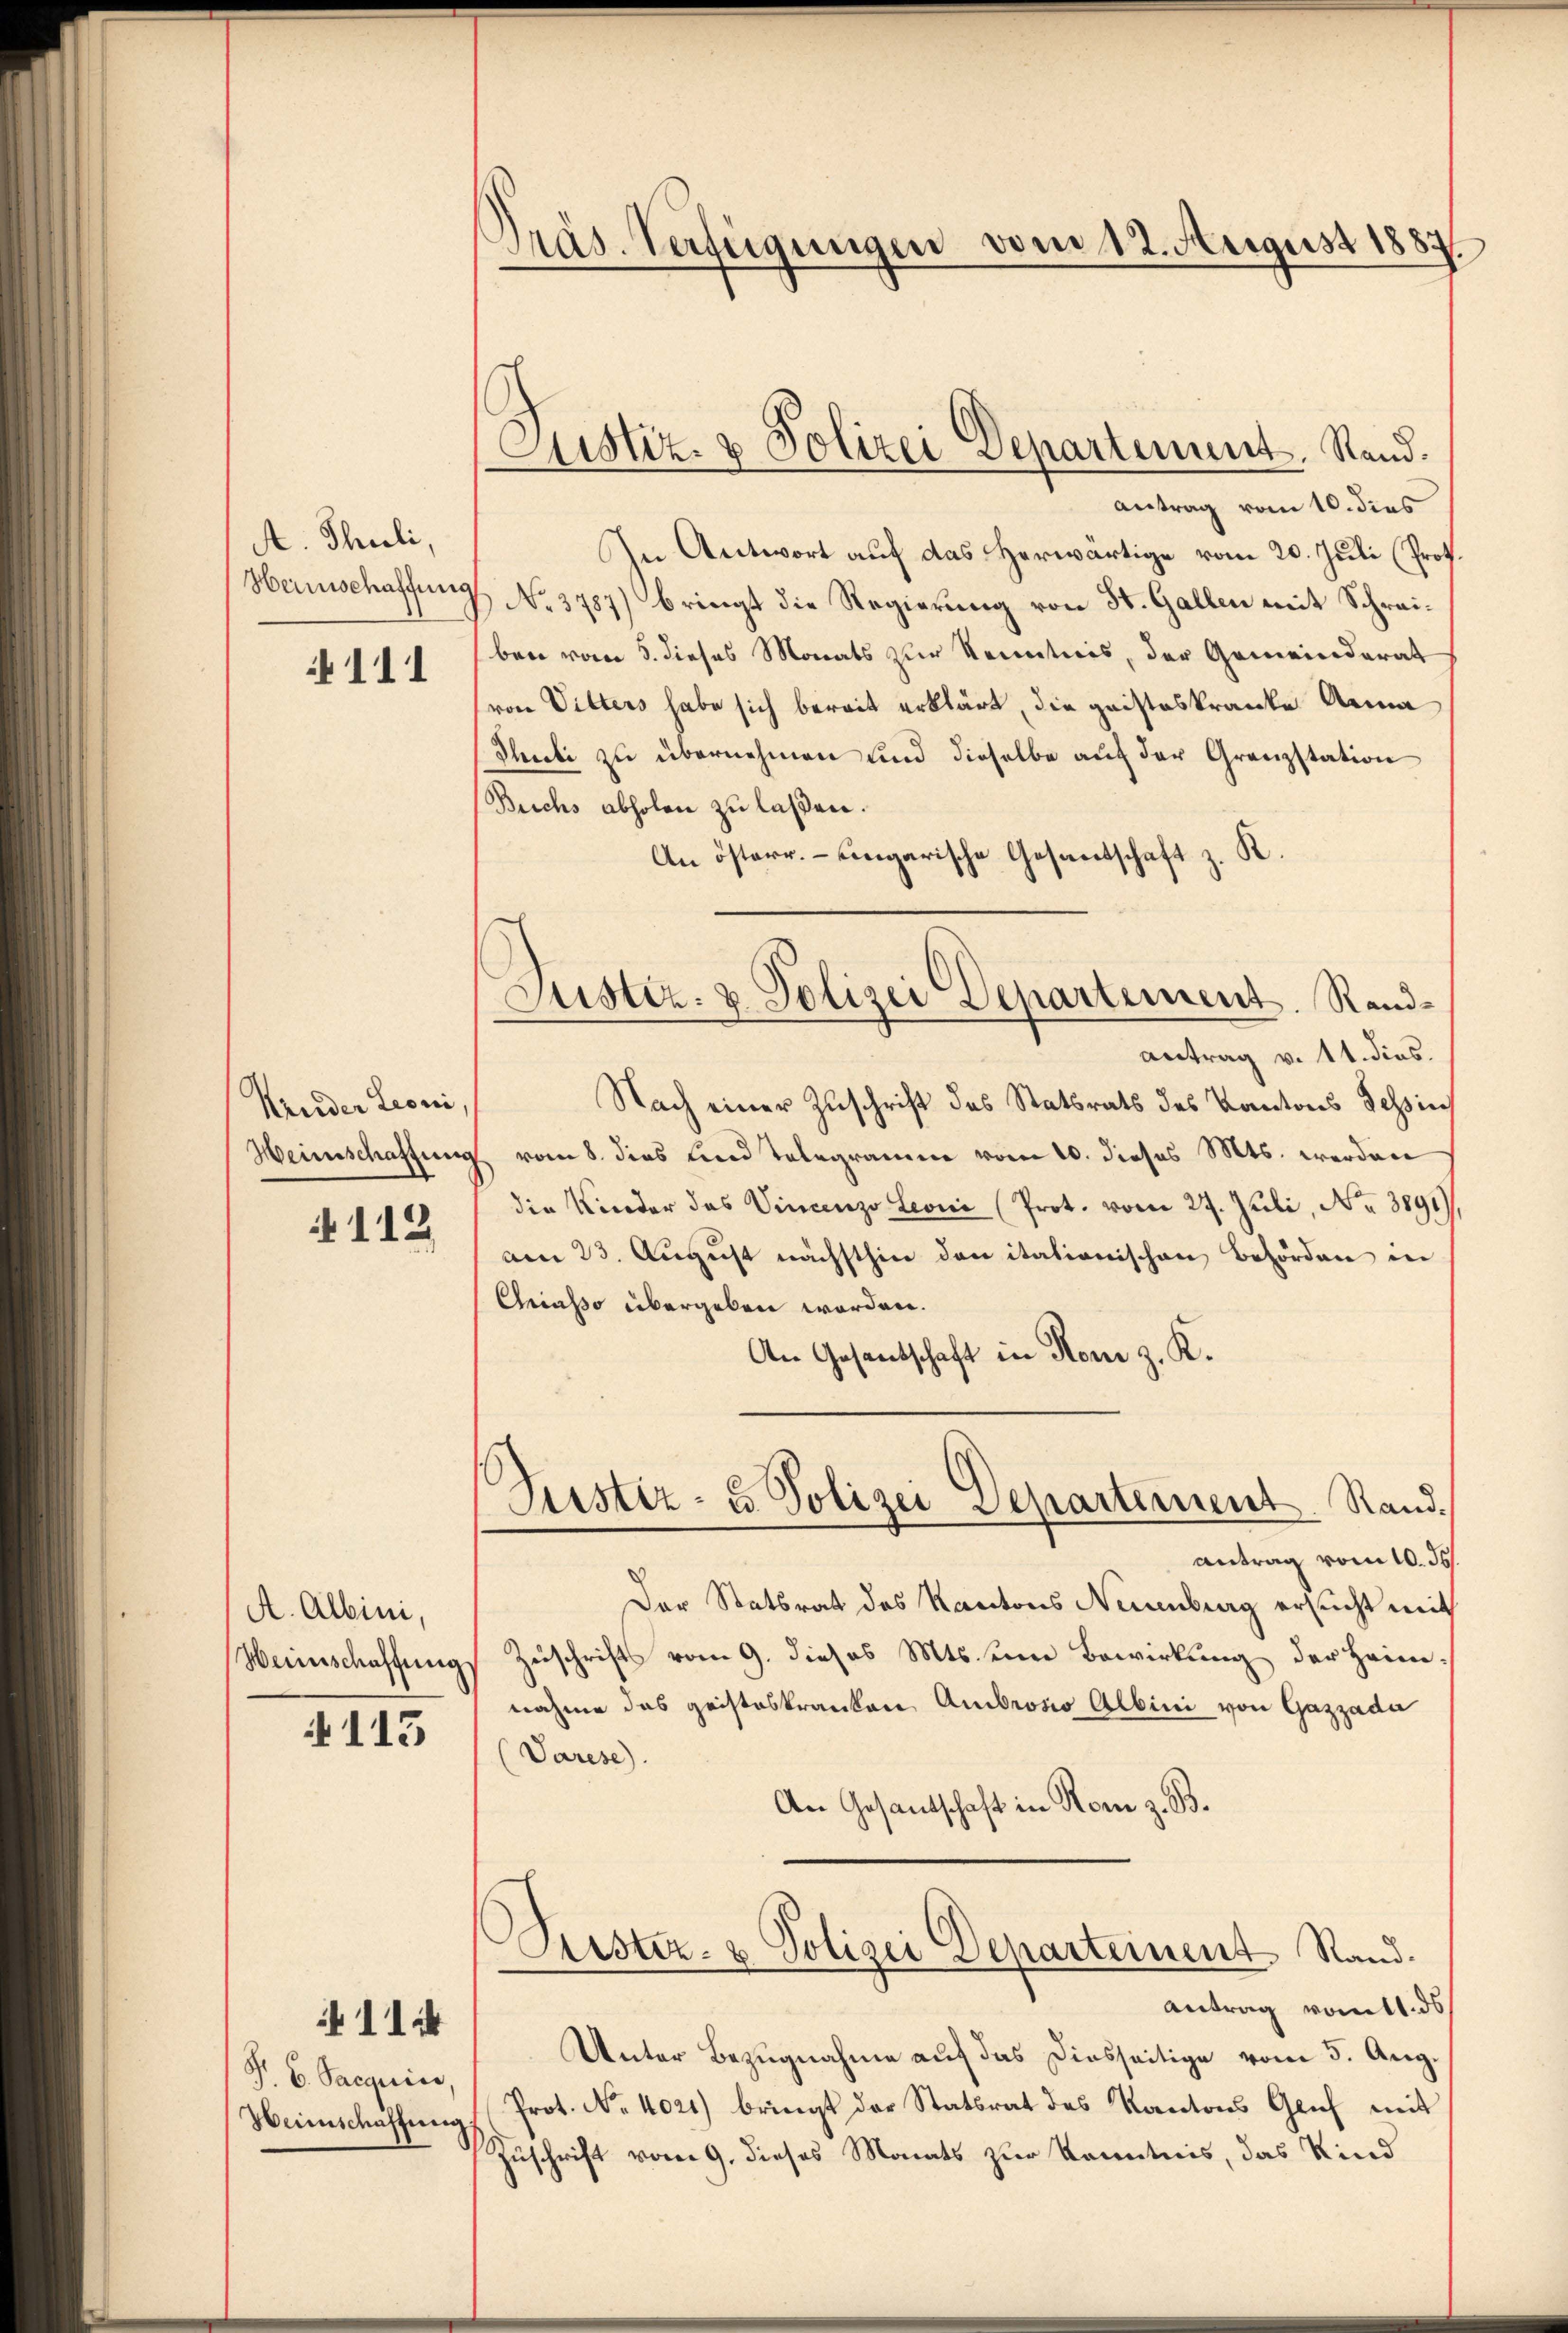
A. Thuli,
Heinschaffung

111

Kruder Leoni,

112

A. Albini,
Weinschaffung

113

114

P. C. Sacquise,
Weinschaffung.

Präs. Verfügungen vom 12. August 1884

antrag vom 10. dies
In Antwort auf das Herwärtige vom 20. Juli (Prof.
No. 3787) bringt die Regierung von St. Gallen mit Schreiben vom 5. dieses Monats zur Kenntnis, der Gemeinderat
von Vitters habe sich bereit erklärt, die gristeskranke Anna
Thuti zu übernehmen und dieselbe auf der Grenzstation
Beichs abholen zu laßen.
An österr. - Eingarische Gesantschaft z. K.
antrag v. 11. dies.
Nach einer Zuschrift des Statsrats des Kantons Tessin
Heimschaftung vom 8. dies und Telegramme vom 10. dieses Mts. werden
die Kinder das Vincenzo Leoni (Prot. vom 29. Juli, Nr. 3891)
am 23. August nächsthin den itationischen Behörden in
Griasso übergeben worden.
An Gesentschaft in Rom z. K.
Justiz- & Polizei Departement. Rand.
antrag vom 10. ds.
Der Statsrat des Kantons Neuenburg ersucht mit
Zuschrifts vom 9. dieses Mts. um Bewirkung der Heim-
nahme das geisteskranken Ambrosio Albini von Gazzada
Varese).
An Gesandschaft in Rom z. B.
Lister- & Polizei Departement Rand.
Antrag vom 11. ds
Unter Bezugnahme auf das Diesseitige vom 5. Aug.
Prot. No. 4021) bringt der Statsrat des Kantons Gruf mit
Zuschrift vom 9. dieses Monats zur Kenntnis, das Kind

Justiz- & Polizei Departement, Rand.

Justiz- & Polizei Departement. Rand¬